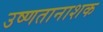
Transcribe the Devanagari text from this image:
उष्णतानाशक